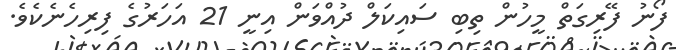
ފޯނު ފޭރިގަތް މީހުން ތިބި ސައިކަލް ދުއްވަން އިނީ 21 އަހަރުގެ ފިރިހެނެކެވެ.